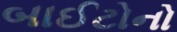
બાઈટોનો